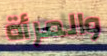
والمرأة